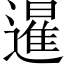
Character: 暹